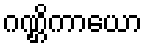
ဂဏ္ဌိကာယော